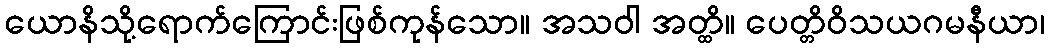
ယောနိသို့ရောက်ကြောင်းဖြစ်ကုန်သော။ အသဝါ အတ္ထိ။ ပေတ္တိဝိသယဂမနီယာ၊